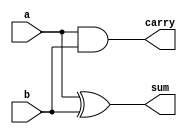
`timescale 1ns/1ps

module half_adder(a,b,sum,carry);
input a,b;
output reg sum,carry;

always @(a,b)
begin 
	sum = a ^ b;
	carry = a & b;
end 

endmodule